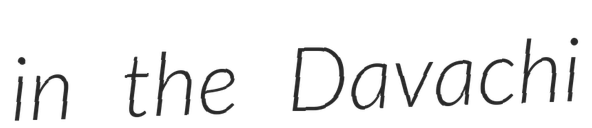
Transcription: in the Davachi